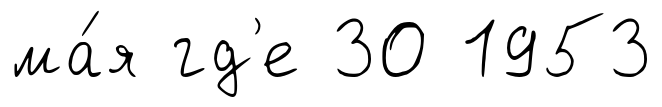
ма́я гд'е 30 1953